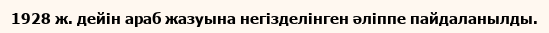
1928 ж. дейін араб жазуына негізделінген әліппе пайдаланылды.